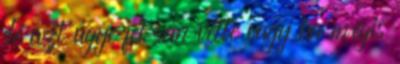
de azt ugye fel sem vette vagy ha mégis